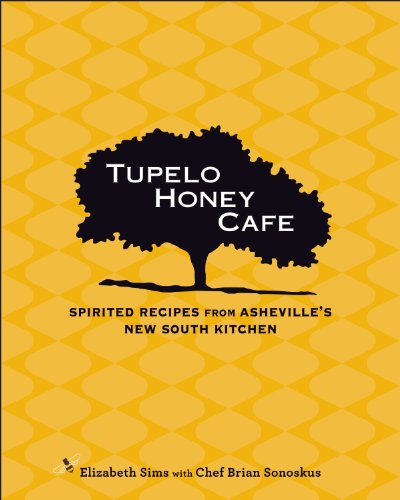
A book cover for Tupelo Honey Cafe: Spirited Recipes from Asheville's New South Kitchen; Elizabeth Sims; Cookbooks, Food & Wine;